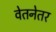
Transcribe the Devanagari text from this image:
वेतनेतर